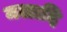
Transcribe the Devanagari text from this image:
मलादि